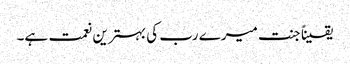
یقیناً جنت میرے رب کی بہترین نعمت ہے۔